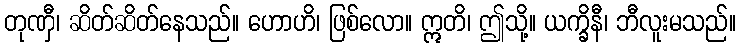
တုဏှီ၊ ဆိတ်ဆိတ်နေသည်။ ဟောဟိ၊ ဖြစ်လော။ ဣတိ၊ ဤသို့။ ယက္ခိနီ၊ ဘီလူးမသည်။